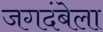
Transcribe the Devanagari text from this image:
जगदंबेला